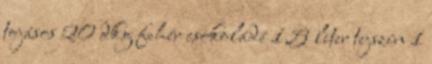
tojásos 20 dkg fehér csokoládé 1,5 liter tejszín 1